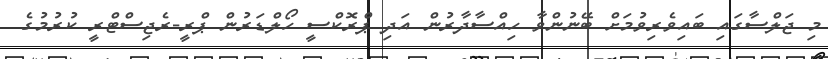
މި ޖަލްސާގައި ބައިވެރިވުމަށް ބޭނުންވާ ހިއްސާދާރުން އަދި ޕްރޮކްސީ ހޯލްޑަރުން ޕްރީ-ރެޖިސްޓްރީ ކުރުމުގެ